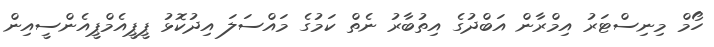
ހޯމް މިނިސްޓަރު އިމްރާން އަބްދުގެ އިތުބާރު ނެތް ކަމުގެ މައްސަލަ އިދުކޮޅު ޕީޕީއެމްޕީއެންސީއިން